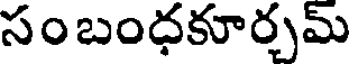
సం బంధకూర్చమ్